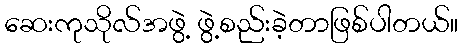
ဆေးကုသိုလ်အဖွဲ့ ဖွဲ့စည်းခဲ့တာဖြစ်ပါတယ်။